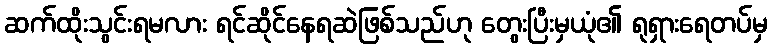
ဆက်ထိုးသွင်းရမလား ရင်ဆိုင်နေရဆဲဖြစ်သည်ဟု တွေးပြီးမှယုံ၏ ရုရှားရေတပ်မှ